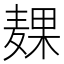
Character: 𱋙